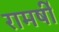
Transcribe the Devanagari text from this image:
रामर्षी